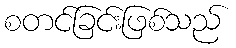
စတင်ခြင်းဖြစ်သည်